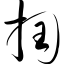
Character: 掏